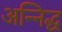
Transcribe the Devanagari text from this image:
अन्निद्ध